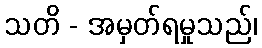
သတိ - အမှတ်ရမှုသည်၊